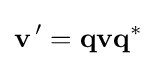
\mathbf {v} ^{\,\prime }=\mathbf {qvq} ^{\ast }